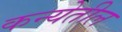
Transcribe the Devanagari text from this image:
कन्येतील